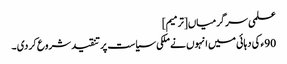
علمی سرگرمیاں[ترمیم]
90ء کی دہائی میں انہوں نے ملکی سیاست پر تنقید شروع کر دی ۔